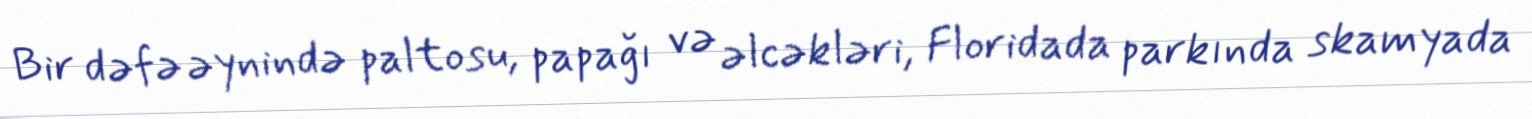
Bir dəfə əynində paltosu, papağı və əlcəkləri, Floridada parkında skamyada